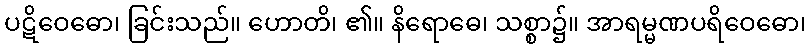
ပဋိဝေဓော၊ ခြင်းသည်။ ဟောတိ၊ ၏။ နိရောဓေ၊ သစ္စာ၌။ အာရမ္မဏပရိဝေဓော၊